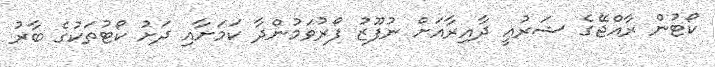
ކޯޓުން ރާއްޖޭގެ ޝަރުއީ ދާއިރާއަށް ނުފޫޒު ފޯރުވަމުންދާ ކަމަށާއި ދަށު ކޯޓުތަކުގެ ބާރު